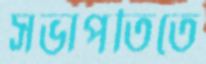
সভাপতিতে